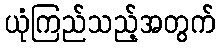
ယုံကြည်သည့်အတွက်